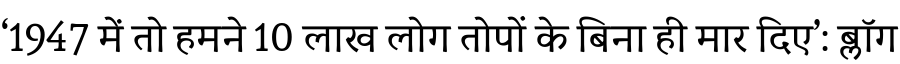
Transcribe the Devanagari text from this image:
‘1947 में तो हमने 10 लाख लोग तोपों के बिना ही मार दिए’: ब्लॉग